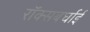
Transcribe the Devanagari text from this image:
रॉक्सबर्घाई